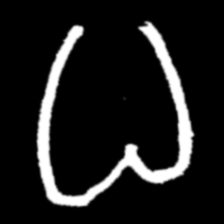
Pyu character \u2014 Myanmar letter: ဓ (romanized: dha)